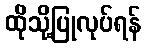
ထိုသို့ပြုလုပ်ရန်